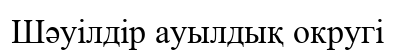
Шәуілдір ауылдық округі